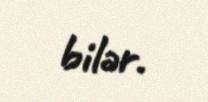
bilər.